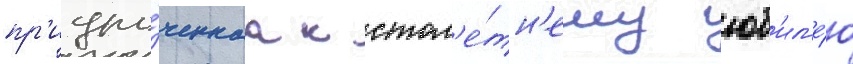
пр'иуро́ченнаа к стол'е́тн'ему юб'ил'е́ю